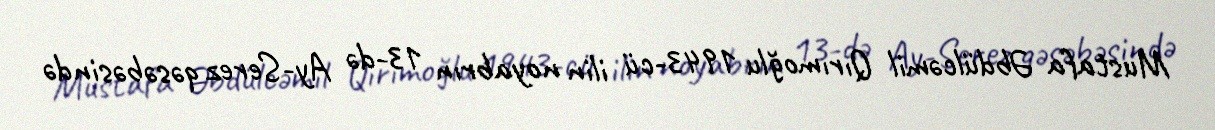
Mustafa Əbdülcəmil Qırımoğlu 1943-cü ilin noyabrın 13-də Ay-Serez qəsəbəsində